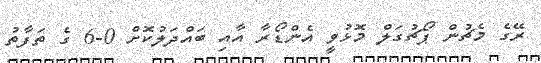
ރޭގެ މެޗުން ޕޯޗުގަލް މޮޅުވީ އެންޑޯރާ އާއި ބައްދަލުކޮށް 0-6 ގެ ތަފާތު